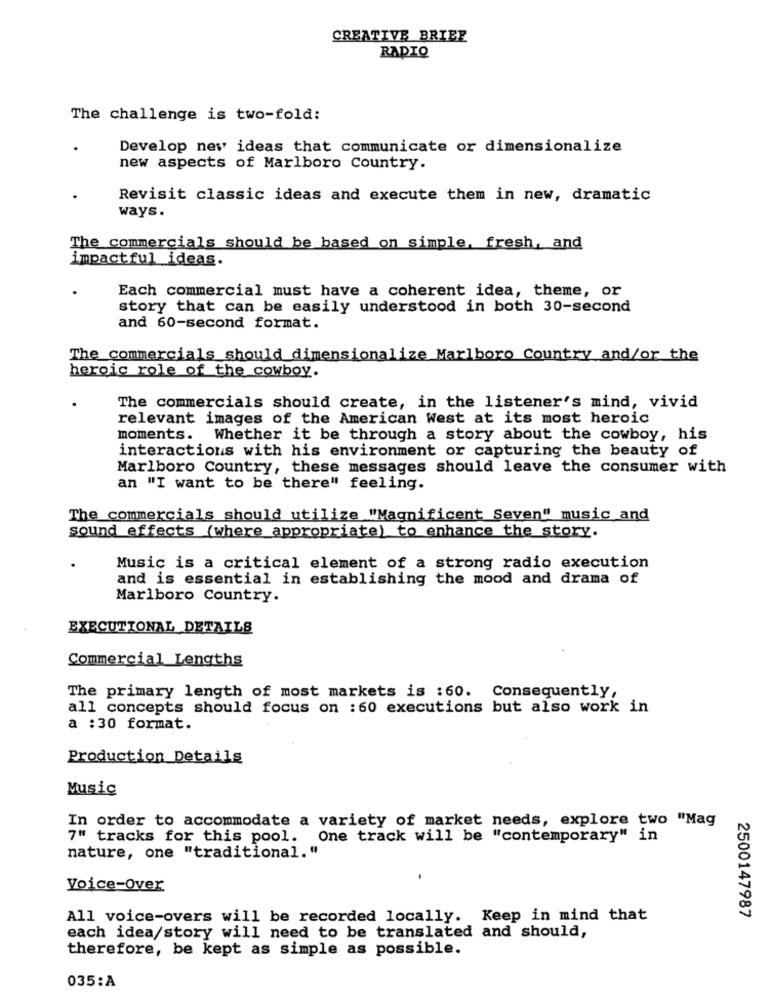
CREATIVE BRIEF
RADIO
The challenge is two-fold:
Develop new ideas that communicate or dimensionalize
new aspects of Marlboro Country.
Revisit classic ideas and execute them in new, dramatic
ways.
The commercials should be based on simple, fresh, and
impactful ideas.
Each commercial must have a coherent idea, theme, or
story that can be easily understood in both 30-second
and 60-second format.
The commercials should dimensionalize Marlboro Country and/or the
heroic role of the cowboy.
The commercials should create, in the listener's mind, vivid
relevant images of the American West at its most heroic
moments. Whether it be through a story about the cowboy, his
interactions with his environment or capturing the beauty of
Marlboro Country, these messages should leave the consumer with
an "I want to be there" feeling.
The commercials should utilize "Magnificent Seven" music and
sound effects (where appropriate) to enhance the story.
Music is a critical element of a strong radio execution
and is essential in establishing the mood and drama of
Marlboro Country.
EXECUTIONAL DETAILS
Commercial Lengths
The primary length of most markets is :60. Consequently,
all concepts should focus on :60 executions but also work in
a :30 format.
Production Details
Music
In order to accommodate a variety of market needs, explore two "Mag
7" tracks for this pool. One track will be "contemporary" in
nature, one "traditional."
Voice-Over
All voice-overs will be recorded locally. Keep in mind that
2500147987
each idea/story will need to be translated and should,
therefore, be kept as simple as possible.
035:A